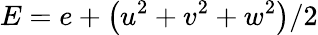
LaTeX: E=e+\left(u^{2}+v^{2}+w^{2}\right)/2